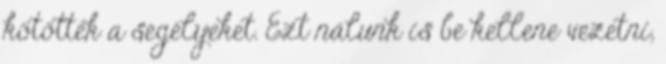
kötötték a segélyeket. Ezt nálunk is be kellene vezetni,